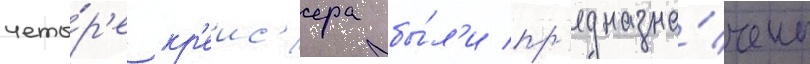
четы́р'е кр'еис'ера бы́л'и пр'едназна́чены